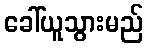
ခေါ်ယူသွားမည်